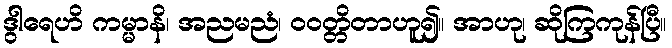
ဒွါရေဟိ ကမ္မာနိ၊ အညမညံ၊ ဝဝတ္တိတာဟူ၍။ အာဟု၊ ဆိုကြကုန်ပြီ။